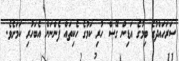
ސަރަހައްދުގެ ބިމުގެ އަޑިން ގޭސް ހުރި ކަމުގެ ހެކިތައް ފެންނަން އެބަހުރި ކަމަށެވެ.